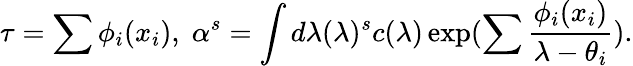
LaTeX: \tau=\sum\phi_{i}(x_{i}),\; \alpha^{s}=\int d\lambda(\lambda)^{s}c(\lambda)\exp(\sum\frac{\phi_{i}(x_{i})}{\lambda-\theta_{i}}).